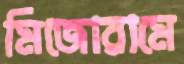
মিজোরামে